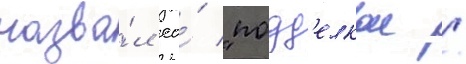
назва́л ео́ "подд'елкои /